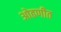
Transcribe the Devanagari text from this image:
ओढणीत